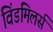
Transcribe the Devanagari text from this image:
विंडमिलर्स